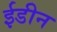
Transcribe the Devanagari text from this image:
ईडीन